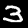
Digit: 3